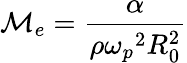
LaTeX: {\cal M}_{e}=\frac{\alpha}{\rho{\omega_{p}}^{2}R_{0}^{2}}